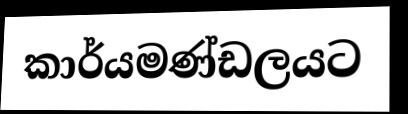
කාර්යමණ්ඩලයට